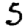
Digit: 5